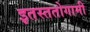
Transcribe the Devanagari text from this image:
इतस्ततोगामी